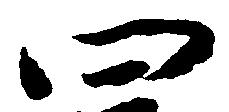
四